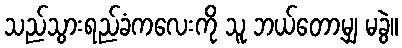
သည်သွားရည်ခံကလေးကို သူ ဘယ်တော့မျှ မခွဲ။